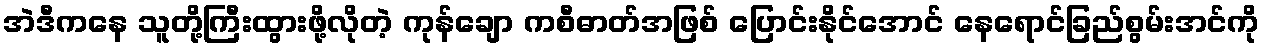
အဲဒီကနေ သူတို့ကြီးထွားဖို့လိုတဲ့ ကုန်ချော ကစီဓာတ်အဖြစ် ပြောင်းနိုင်အောင် နေရောင်ခြည်စွမ်းအင်ကို